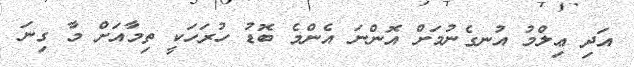
އަދި ޢިލްމު އުނގެނުމަށް އޮންނަ އެންމެ ބޮޑު ހުރަހަކީ ތިމާއަށް މާ ގިނަ